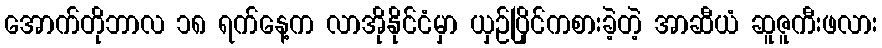
အောက်တိုဘာလ ၁၈ ရက်နေ့က လာအိုနိုင်ငံမှာ ယှဉ်ပြိုင်ကစားခဲ့တဲ့ အာဆီယံ ဆူဇူကီးဖလား